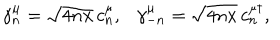
LaTeX: \gamma _ { n } ^ { \mu } = \sqrt { 4 n x } \, c _ { n } ^ { \mu } , \gamma _ { - n } ^ { \mu } = \sqrt { 4 n x } \, c _ { n } ^ { \mu \dagger } ,